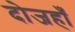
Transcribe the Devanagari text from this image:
दोजहाँ